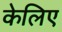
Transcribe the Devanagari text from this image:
केलिए